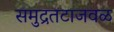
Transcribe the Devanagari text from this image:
समुद्रतटाजवळ